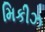
મિકીઝ